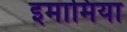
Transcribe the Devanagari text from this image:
इमामिया